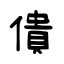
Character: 僓